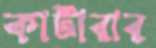
কাটারার